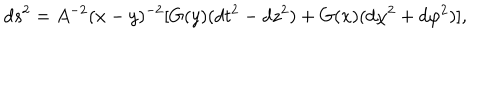
d s ^ { 2 } = A ^ { - 2 } ( x - y ) ^ { - 2 } [ G ( y ) ( d t ^ { 2 } - d z ^ { 2 } ) + G ( x ) ( d \chi ^ { 2 } + d \varphi ^ { 2 } ) ] ,